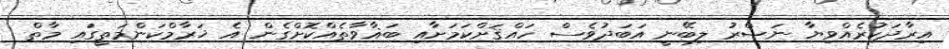
އިރާދަކުރެއްވިޔާ ނަޞްރު ލިބޭނީ އަބަދުވެސް ހައްޤަށްކަމަށާއި ބަޣާވާތެއްކޮށްގެން އެ ޚަރާމްކަންމަތީގައި މާތް